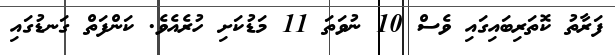
ފަރާތު ކޮތަރިބައިގައި ވެސް 10 ނުވަތަ 11 މަޑުކަށި ހުރެއެވެ. ކަންފަތް ގަނޑުގައި